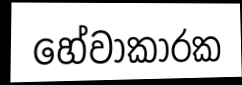
හේවාකාරක